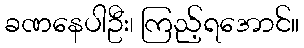
ခဏနေပါဦး၊ ကြည့်ရအောင်။